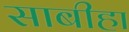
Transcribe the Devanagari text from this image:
साबीहा